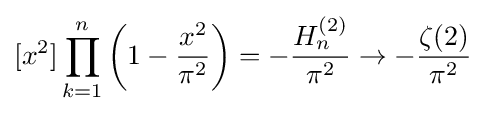
[x^{2}]\prod _{k=1}^{n}\left(1-{\frac {x^{2}}{\pi ^{2}}}\right)=-{\frac {H_{n}^{(2)}}{\pi ^{2}}}\rightarrow -{\frac {\zeta (2)}{\pi ^{2}}}